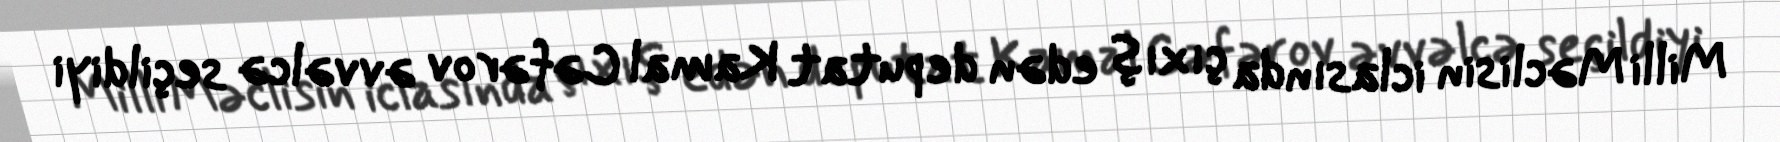
Milli Məclisin iclasında çıxış edən deputat Kamal Cəfərov əvvəlcə seçildiyi